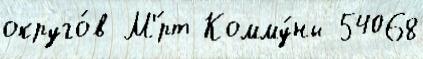
округо́в М'́рт Комму́ны 54068